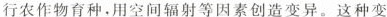
行农作物育种。用空间辐射等因素创造变异。这种变